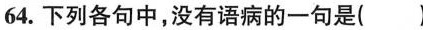
64.下列各句中，没有语病的一句是( )